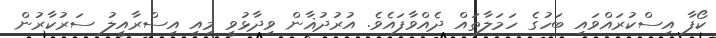
ކޯފާ އިސްކުރައްވައި ބަހުގެ ހަމަލާތައް ދެއްވާފައެވެ. އުރުދުޣާން ވިދާޅުވީ މިއީ އިސްރާއީލު ސަރުކާރުން